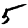
Digit: 5